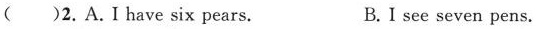
( )2.A.I have six pears. B.I see seven pens.